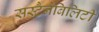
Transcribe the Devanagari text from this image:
सस्टैनेबिलिटी